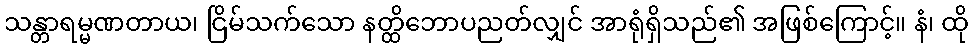
သန္တာရမ္မဏတာယ၊ ငြိမ်သက်သော နတ္ထိဘောပညတ်လျှင် အာရုံရှိသည်၏ အဖြစ်ကြောင့်။ နံ၊ ထို